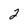
Character: 2